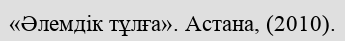
«Әлемдік тұлға». Астана, (2010).